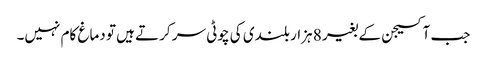
جب آکسیجن کے بغیر 8 ہزار بلندی کی چوٹی سر کرتے ہیں تو دماغ کام نہیں۔